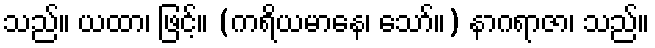
သည်။ ယထာ၊ ဖြင့်။ (ကရိယမာနေ၊ သော်။) နာဂရာဇာ၊ သည်။